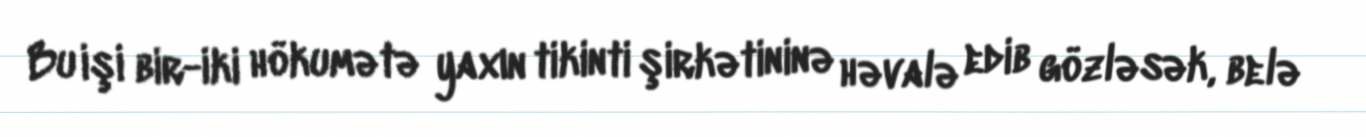
Bu işi bir-iki hökumətə yaxın tikinti şirkətininə həvalə edib gözləsək, belə